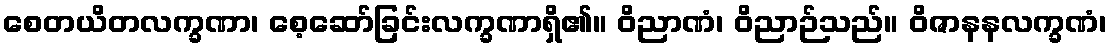
စေတယိတလက္ခဏာ၊ စေ့ဆော်ခြင်းလက္ခဏာရှိ၏။ ဝိညာဏံ၊ ဝိညာဉ်သည်။ ဝိဇာနနလက္ခဏံ၊